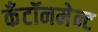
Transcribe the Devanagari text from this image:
कँटॉनमेन्ट